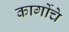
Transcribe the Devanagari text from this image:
कार्गोचे